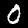
Digit: 0